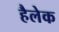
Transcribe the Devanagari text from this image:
हैलेक